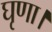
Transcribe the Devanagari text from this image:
घृणा।